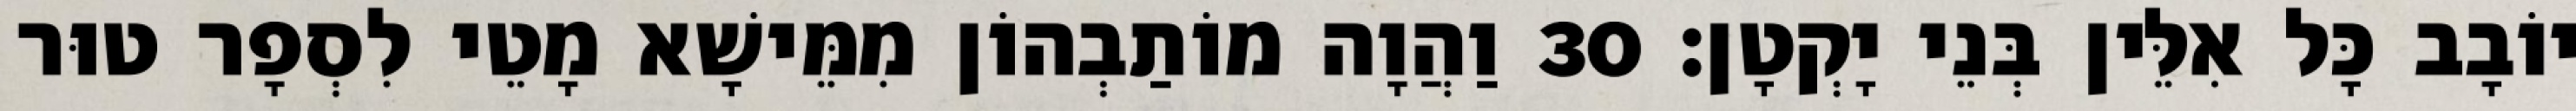
יוֹבָב כָּל אִלֵּין בְּנֵי יָקְטָן׃ 30 וַהֲוָה מוֹתַבְהוֹן מִמֵּישָׁא מָטֵי לִסְפָר טוּר